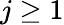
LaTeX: j\geq 1